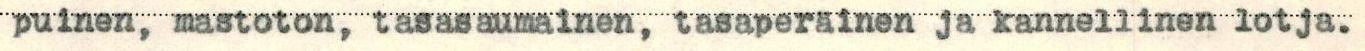
puinen, mastoton, tasasaumainen, tasaperäinen ja kannellinen lotja.